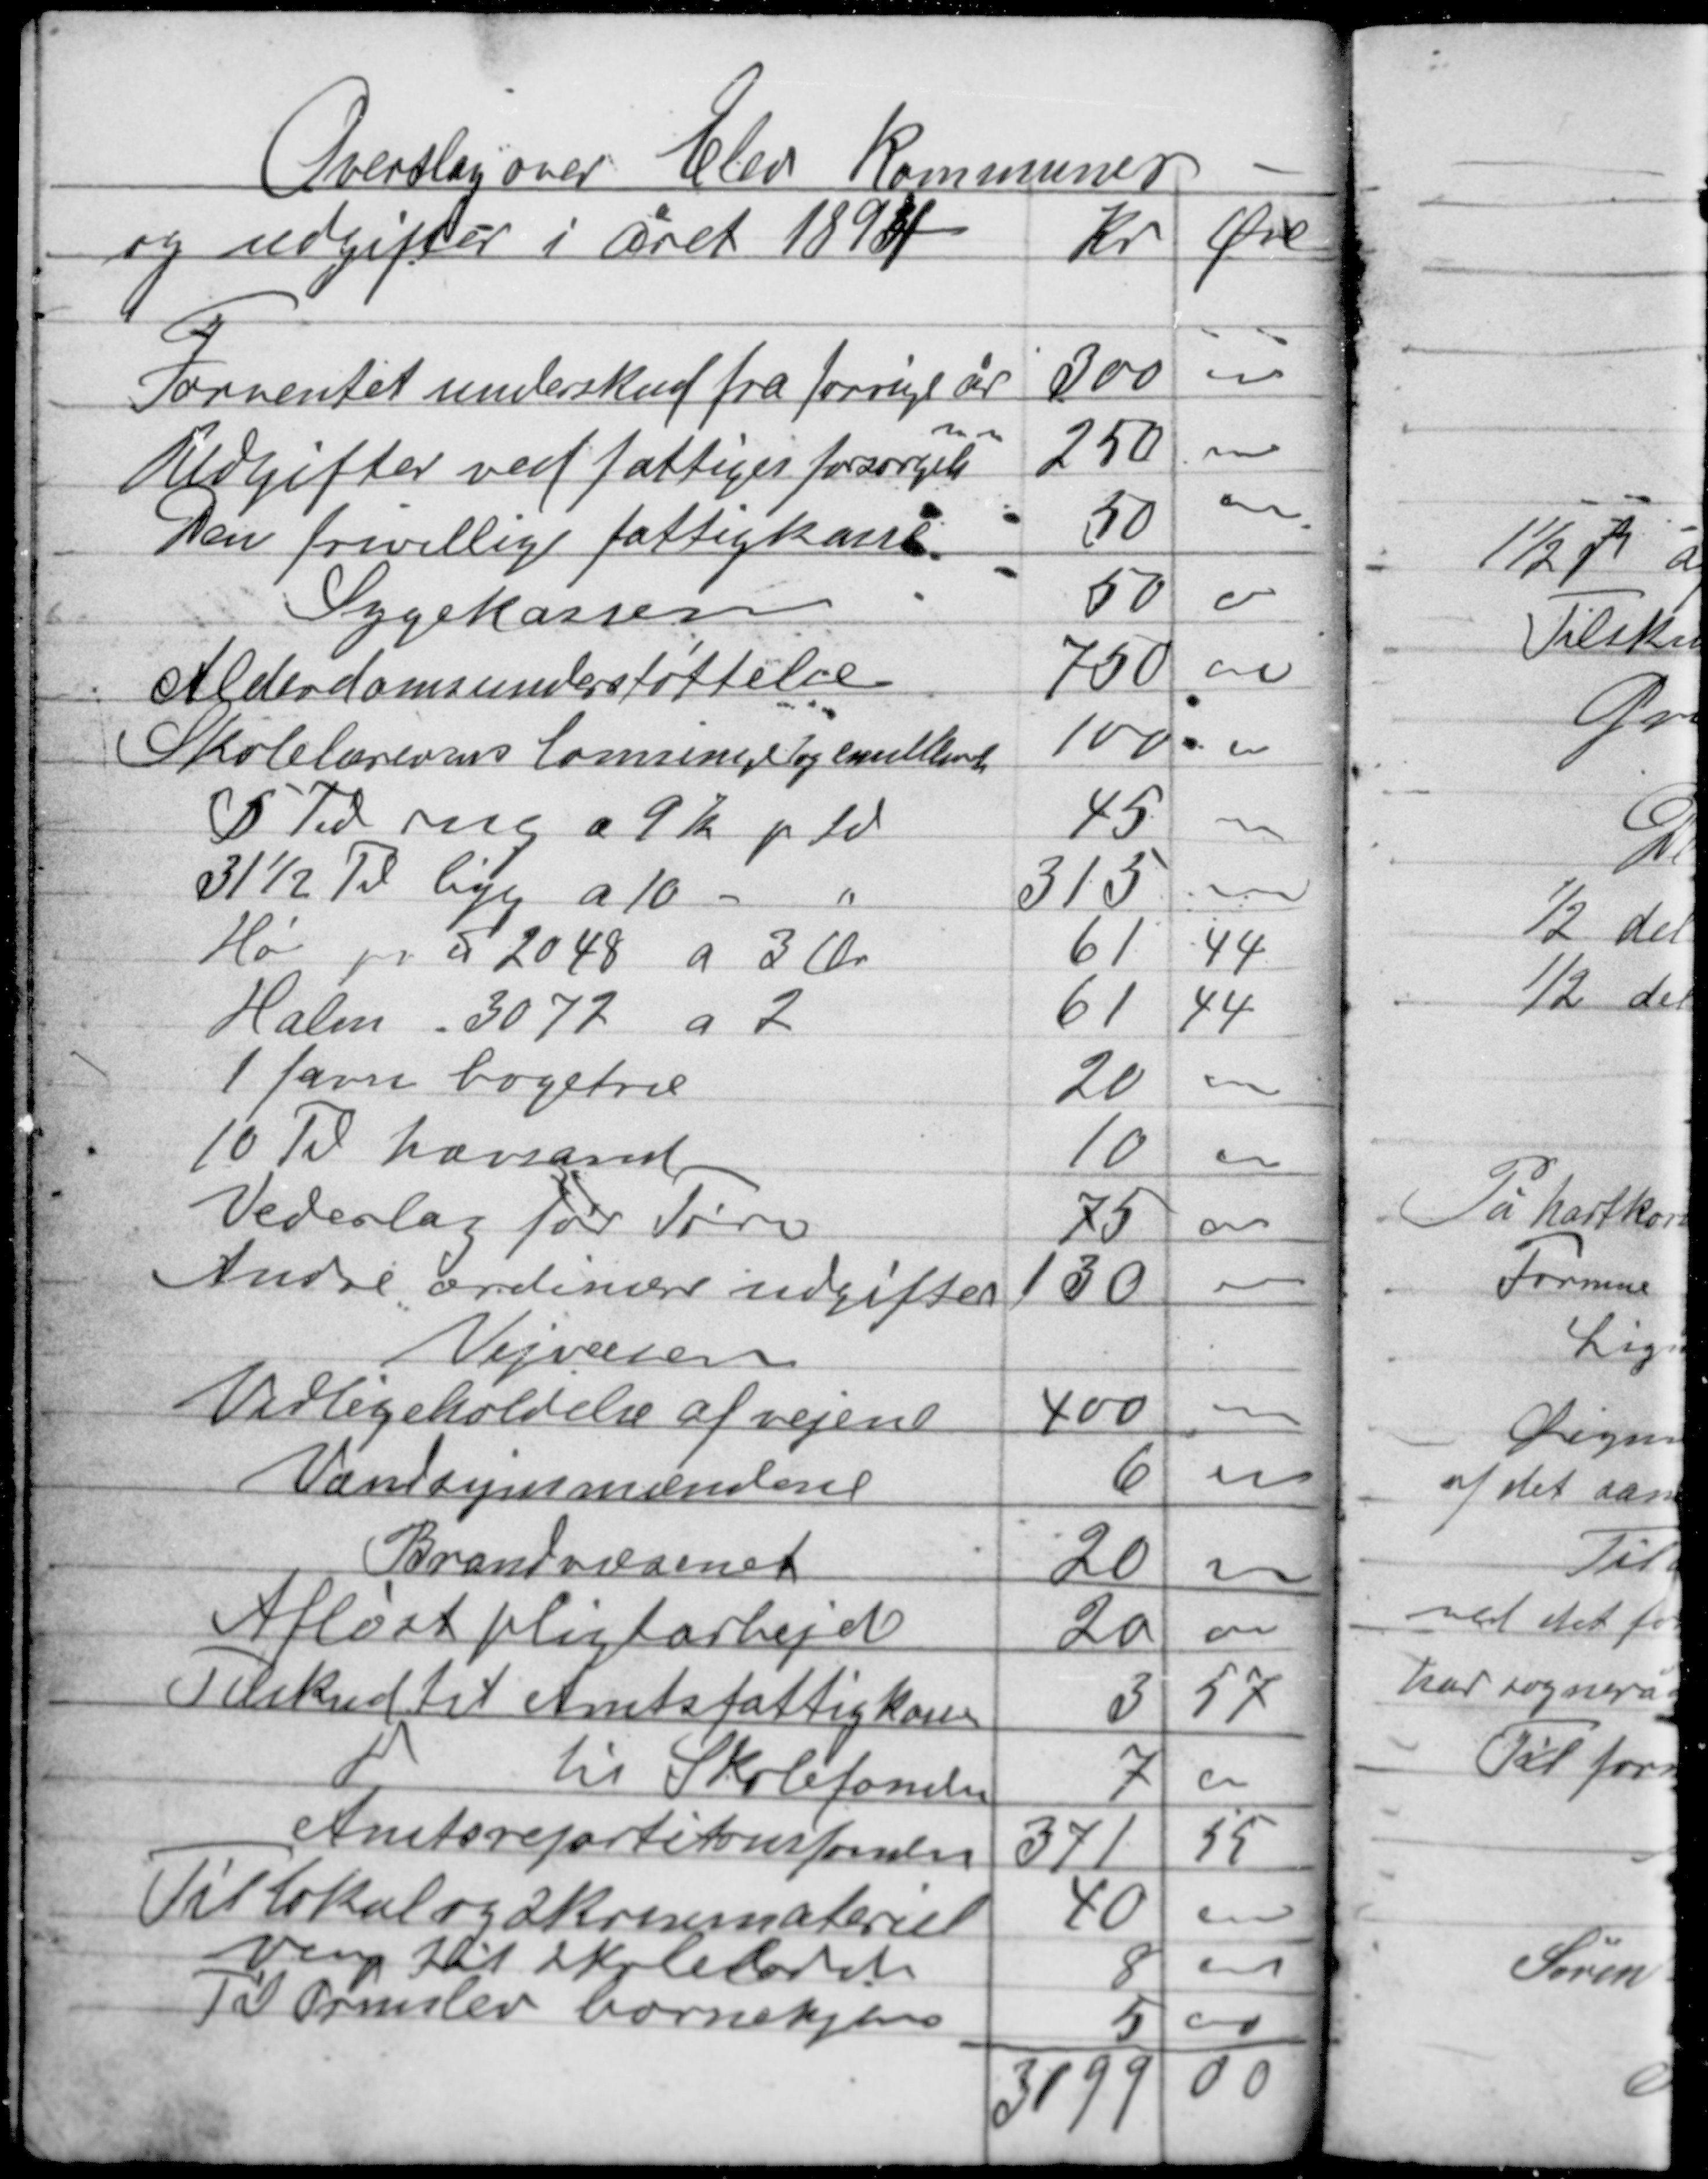
Transskription:
Overslag over Elev kommunes